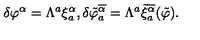
\delta \varphi ^ { \alpha } = \Lambda ^ { a } \xi _ { a } ^ { \alpha } , \delta \tilde { \varphi } _ { a } ^ { \overline { { \alpha } } } = \Lambda ^ { a } \tilde { \xi } _ { a } ^ { \overline { { \alpha } } } ( \tilde { \varphi } ) .